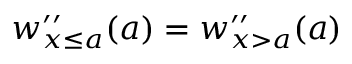
w _ { x \leq a } ^ { \prime \prime } ( a ) = w _ { x > a } ^ { \prime \prime } ( a )